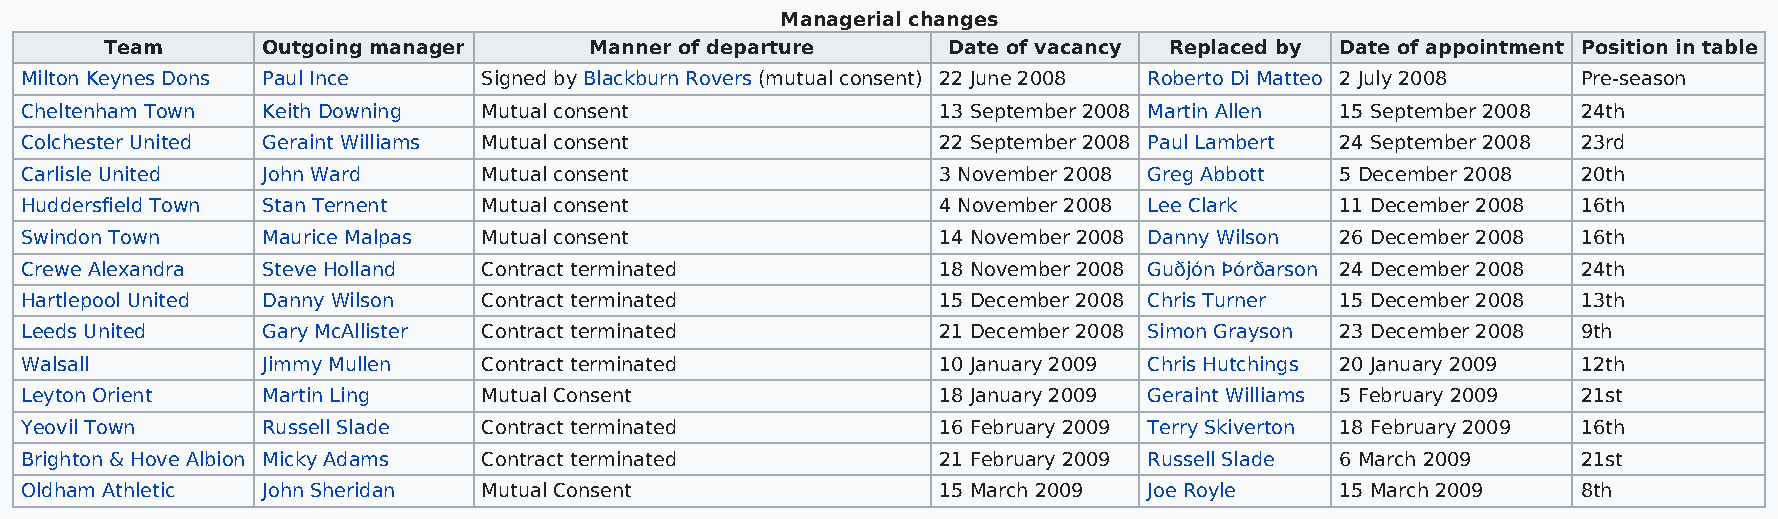
Managerial changes
 Team      Outgoing manager      Manner of departure     Date of vacancy Replaced by Date of appointment Position in table
 Milton Keynes Dons Paul Ince   Signed by Blackburn Rovers (mutual consent) 22 June 2008 Roberto Di Matteo 2 July 2008 Pre-season
 Cheltenham Town Keith Downing  Mutual consent                13 September 2008 Martin Allen 15 September 2008 24th
 Colchester United Geraint Williams Mutual consent            22 September 2008 Paul Lambert 24 September 2008 23rd
 Carlisle United John Ward      Mutual consent                3 November 2008 Greg Abbott 5 December 2008 20th
 Huddersfield Town Stan Ternent Mutual consent                4 November 2008 Lee Clark  11 December 2008 16th
 Swindon Town    Maurice Malpas Mutual consent                14 November 2008 Danny Wilson 26 December 2008 16th
 Crewe Alexandra Steve Holland  Contract terminated           18 November 2008 Guðjón Þórðarson 24 December 2008 24th
 Hartlepool United Danny Wilson Contract terminated           15 December 2008 Chris Turner 15 December 2008 13th
 Leeds United    Gary McAllister Contract terminated          21 December 2008 Simon Grayson 23 December 2008 9th
 Walsall         Jimmy Mullen   Contract terminated           10 January 2009 Chris Hutchings 20 January 2009 12th
 Leyton Orient   Martin Ling    Mutual Consent                18 January 2009 Geraint Williams 5 February 2009 21st
 Yeovil Town     Russell Slade  Contract terminated           16 February 2009 Terry Skiverton 18 February 2009 16th
 Brighton & Hove Albion Micky Adams Contract terminated       21 February 2009 Russell Slade 6 March 2009 21st
 Oldham Athletic John Sheridan  Mutual Consent                15 March 2009 Joe Royle    15 March 2009   8th